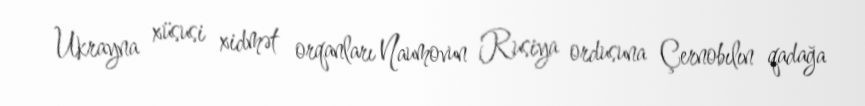
Ukrayna xüsusi xidmət orqanları Naumovun Rusiya ordusuna Çernobılın qadağa